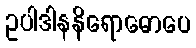
ဥပါဒါနနိရောဓောပေ